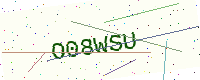
Text: O08WSU